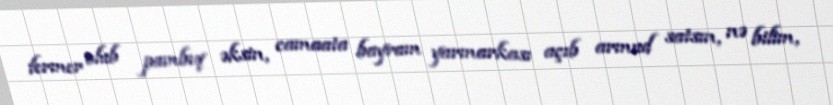
fermer olub pambıq əksin, camaata bayram yarmarkası açıb armud satsın, nə bilim,